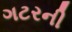
ગટરની